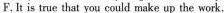
F. It is true that you could make up the work.